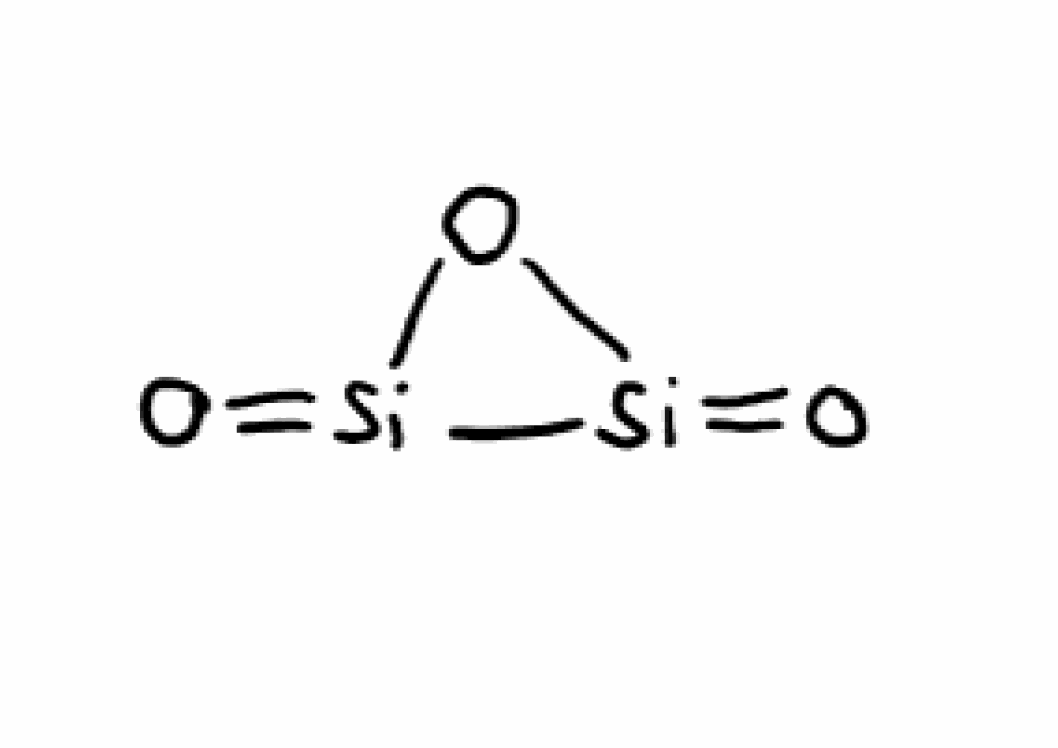
Simplified molecular-input line-entry system (SMILES) notation of the given molecule:
O=[Si]1O[Si]1=O